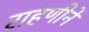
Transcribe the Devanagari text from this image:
राहणीने